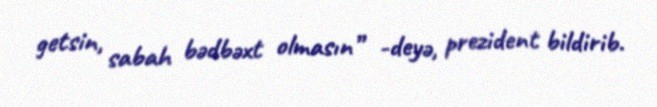
getsin, sabah bədbəxt olmasın” -deyə, prezident bildirib.